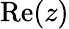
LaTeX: \operatorname{Re}(z)